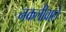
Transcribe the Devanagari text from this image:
नकलीवाले